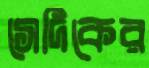
সেদিকের